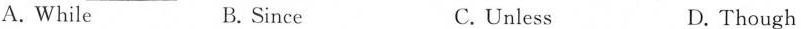
A. While B. Since C.Unless D. Though